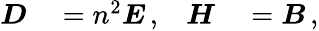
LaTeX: \begin{array}{rlrl}{\boldsymbol D}&{{}=n^{2}\boldsymbol E\, ,}&{\boldsymbol H}&{{}=\boldsymbol B\, ,}\end{array}